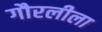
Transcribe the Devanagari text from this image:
गौरलीला